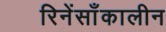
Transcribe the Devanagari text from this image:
रिनेंसाँकालीन